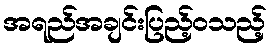
အရည်အချင်းပြည့်ဝသည့်